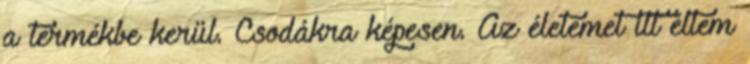
a termékbe kerül. Csodákra képesen. Az életemet itt éltem